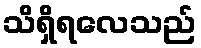
သိရှိရလေသည်